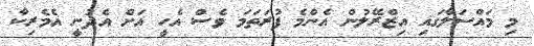
މި މައްސަލާގައި އިޒްރޭލުން އެންމެ ފުރަތަމަ ވެސް އެހީ އަށް އެދުނީ އެމެރިކާ